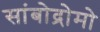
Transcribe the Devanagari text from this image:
सांबोद्रोमो